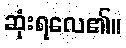
ဆုံးရလေ၏။